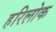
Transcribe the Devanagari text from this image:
हरिलोक